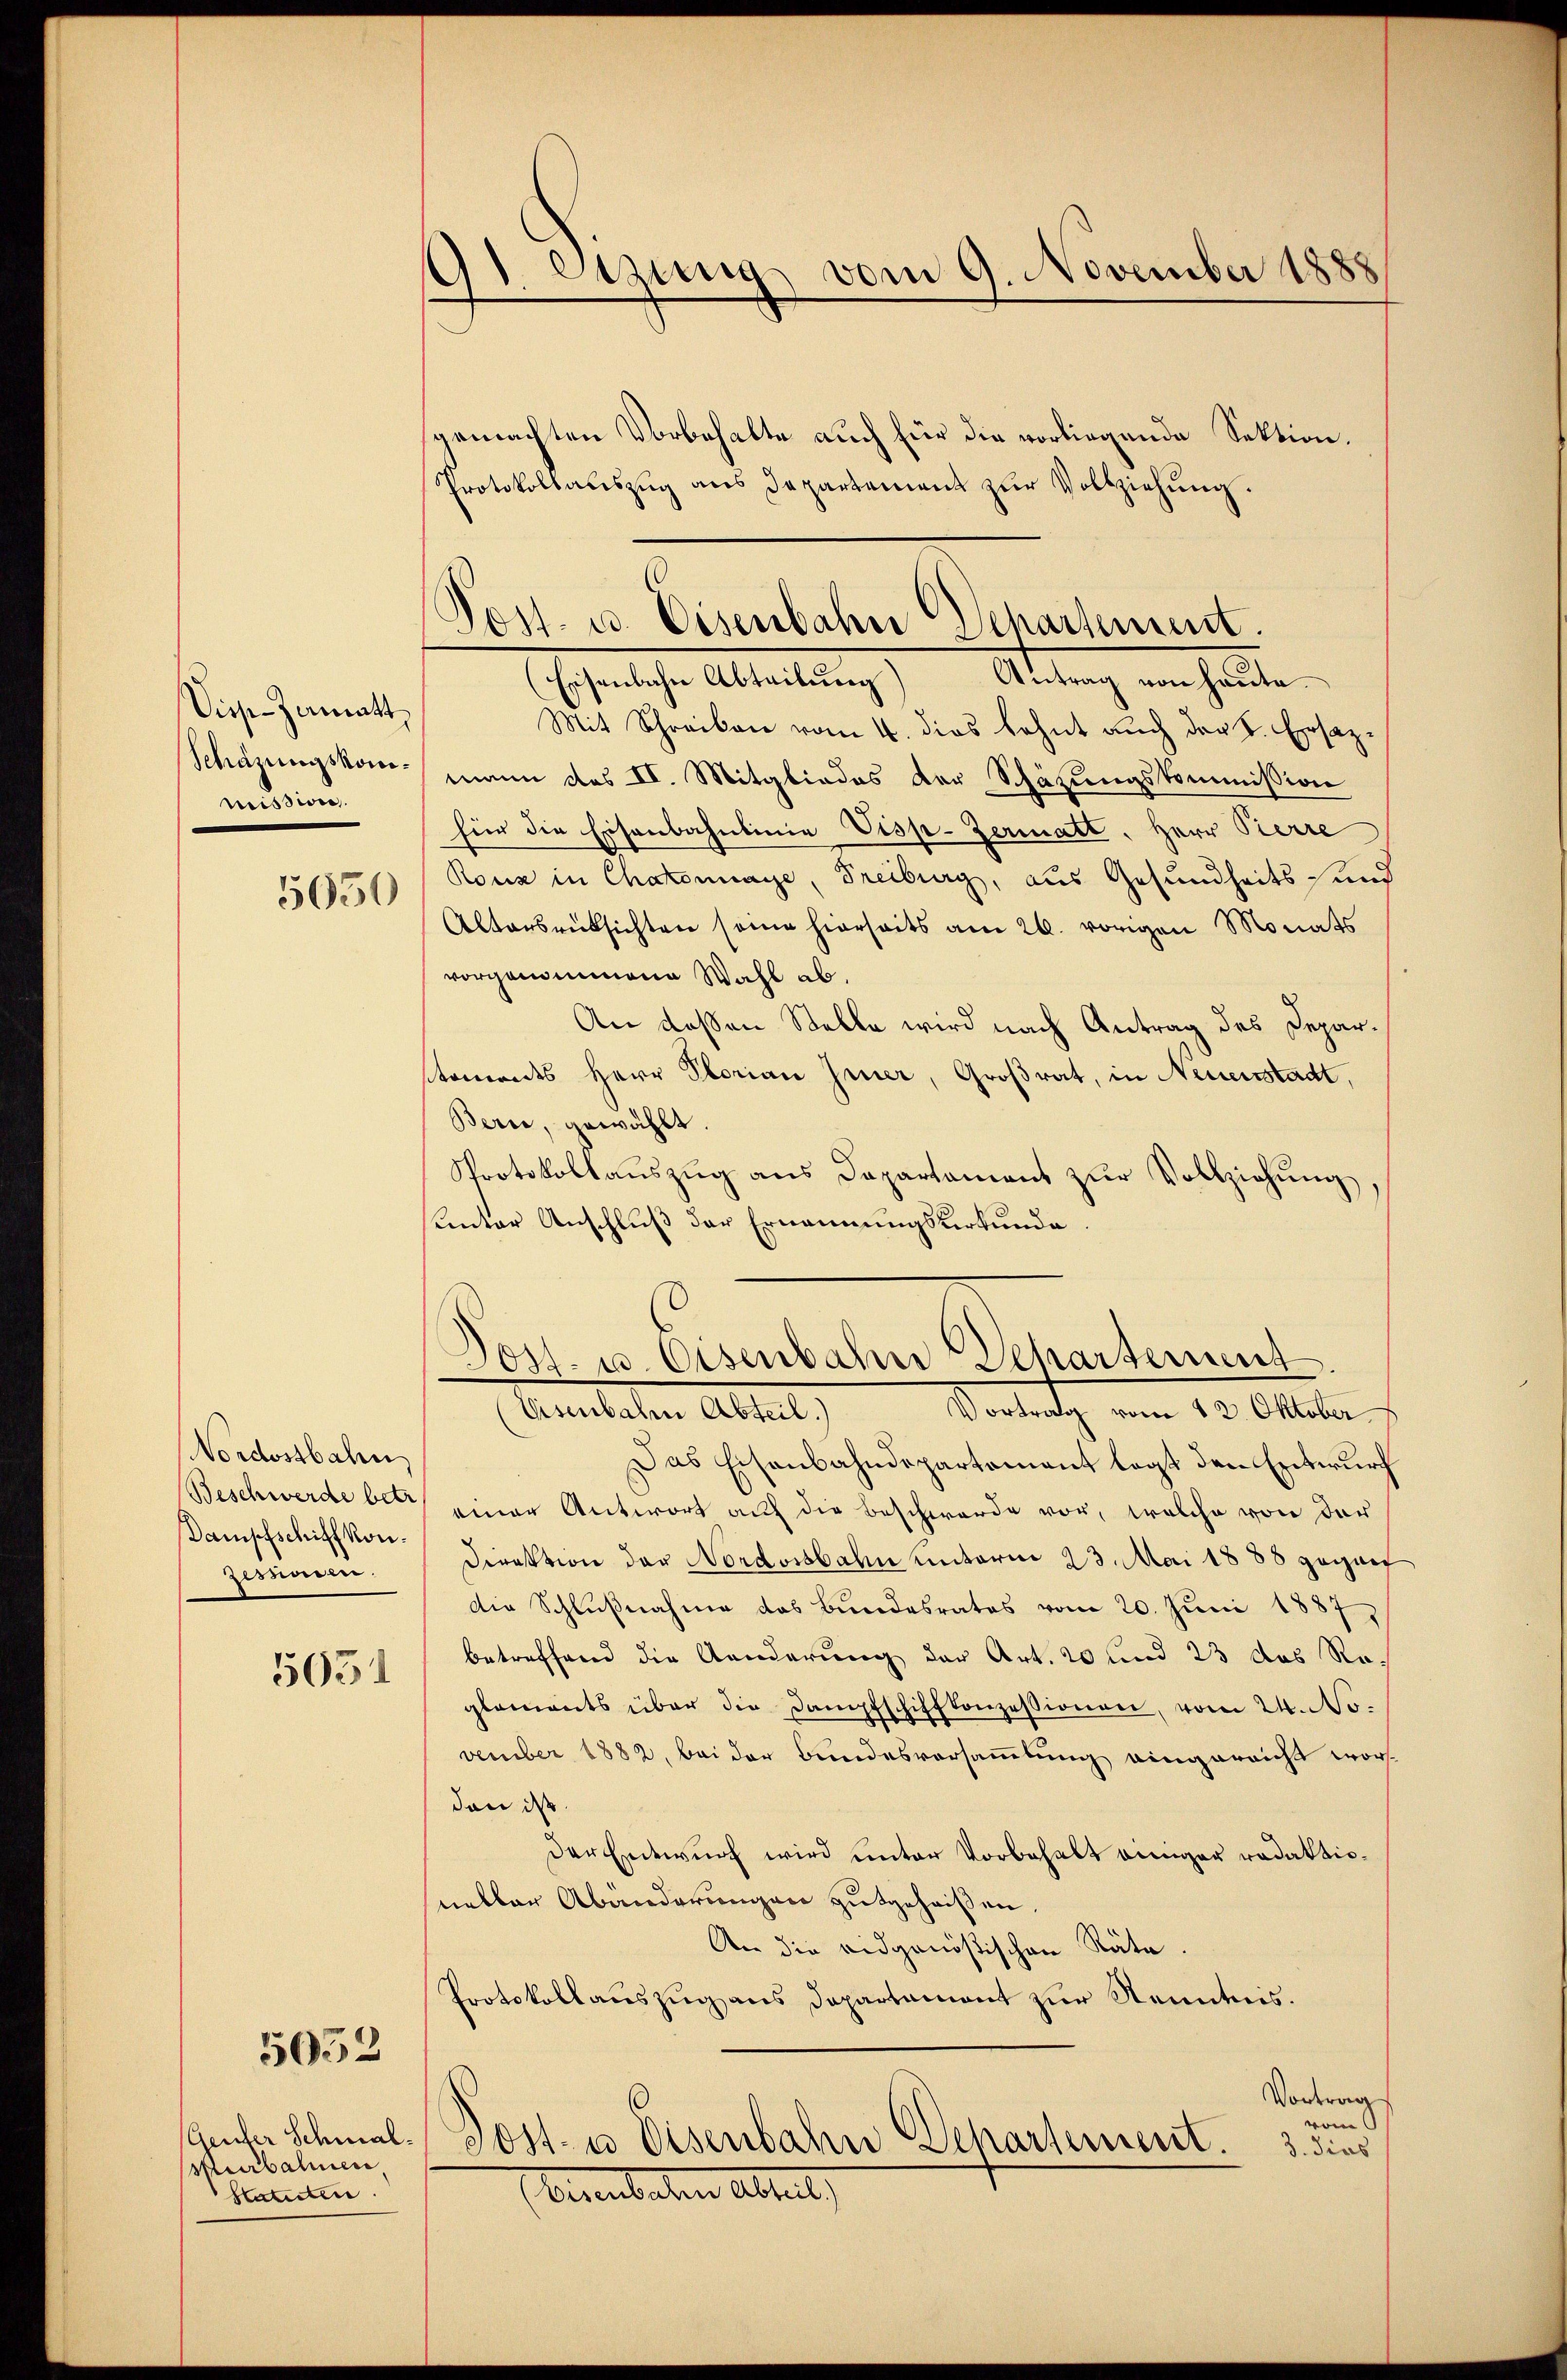
Sies-Zamatt,
mission.
5050

Nordostbahn
Dampfschiffkonzesaren.
5631

5052

pubahnen
Statuten.

eizungs vom 9. November 1888
.
.

gemachten Vorbehalte auch für die vorliegende Sektion.
Protokollauszug aus Departement zŭr Vollziehŭng.

Post. u. Eisenbahn Departement.
Atetung von heute
Eserliche Abreitung

Mit Schreiben vom 4. dies lohnt auch der L. Ersaz¬
Schdrungskommann des II. Mitgliedes der Schätzungskommission
für die Eisenbahnlinie Visp-Zermatt, Herr Pierre
Ronz in Chatonnaye, Freiburg, aus Gesundheits und
Altersrücksichten seine hierseits am 26. vorigen Monats
vorgenommene Wahl ab.
An dessen Stelle wird nach Antrag des Deparermandes Herr Plorian Jener, Großrat, in Neuerstadt,
Bern, gewählt.
Protokollaŭszŭg ans Departament zŭr Vollziehŭng,
sunter Anschluß der Ernennungsurkunde.
(Eisenbahr Abteil.)
Vortrag vom 12. Oktober
Das Eisenbahndepartement legt den Entwurf
Beschwerde bei einer Antwort auf die Beschwerde vor, welche von der
Direktion der Nordostbahn unterm 23. Mai 1888 geganf
Die Schlußnahme das Bundesrates vom 20. Juni 1887,
betreffend die Aenderung der Art. 20 und 23 das Reglaments über die Dampfschiffkonzessionen, vom 24. November 1882, bei der Bundesversammlung eingereicht wordan ist.
Der Entwurf wird unter Vorbehalt einiger redaktioneller Abänderungen gutgeheißen.
An die eidgenößischen Räte
Protokollauszug aus Departament zur Kenntnis.
Vortrag
6
vom
Guder Schmal-Post- u Eisenbahne Departement.
3. dies
(bereiteten Abteil

Post- u. Eisenbahn Departement.